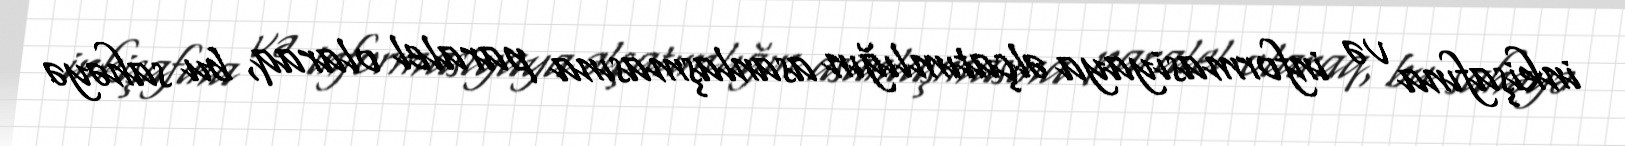
inkişafına və informasiyaya əlçatımlığın asanlaşmasına paralel olaraq, bu sahəyə